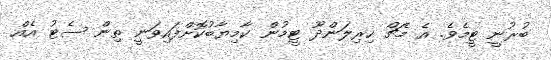
ބުރުނީ ޓީމެވެ. އެ މެޗް ހިރިލަންދޫ ޓީމުން ކާމިޔާބުކޮށްފައިވަނީ ތިން ސެޓު އެއް